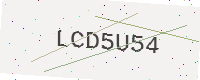
Text: LCD5U54